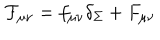
{ \cal F } _ { \mu \nu } = f _ { \mu \nu } \delta _ { \Sigma } + F _ { \mu \nu }